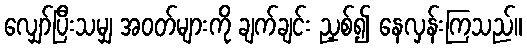
လျှော်ပြီးသမျှ အဝတ်များကို ချက်ချင်း ညှစ်၍ နေလှန်းကြသည်။